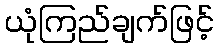
ယုံကြည်ချက်ဖြင့်